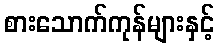
စားသောက်ကုန်များနှင့်